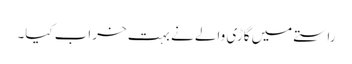
راستے میں گاڑی والے نے بہت خراب کیا۔